Report of the Imperial Institute of Veterinary Research, Muktesar
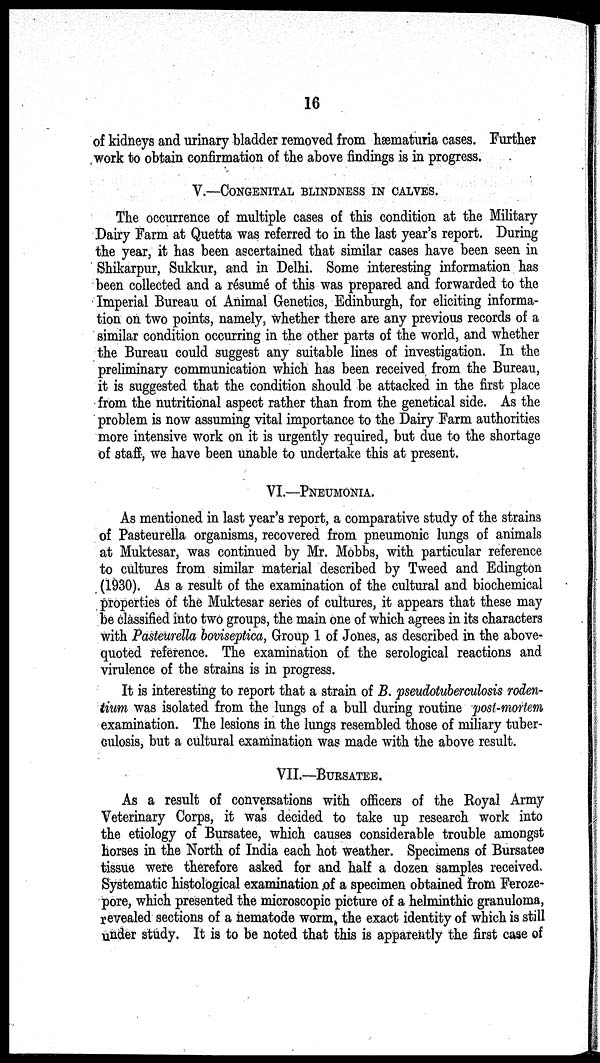
16
of kidneys and urinary bladder removed from hæmaturia cases. Further
work to obtain confirmation of the above findings is in progress.
V.—CONGENITAL BLINDNESS IN CALVES.
The occurrence of multiple cases of this condition at the Military
Dairy Farm at Quetta was referred to in the last year's report. During
the year, it has been ascertained that similar cases have been seen in
Shikarpur, Sukkur, and in Delhi. Some interesting information has
been collected and a résumé of this was prepared and forwarded to the
Imperial Bureau of Animal Genetics, Edinburgh, for eliciting informa-
tion on two points, namely, whether there are any previous records of a
similar condition occurring in the other parts of the world, and whether
the Bureau could suggest any suitable lines of investigation. In the
preliminary communication which has been received from the Bureau,
it is suggested that the condition should be attacked in the first place
from the nutritional aspect rather than from the genetical side. As the
problem is now assuming vital importance to the Dairy Farm authorities
more intensive work on it is urgently required, but due to the shortage
of staff, we have been unable to undertake this at present.
VI.—PNEUMONIA.
As mentioned in last year's report, a comparative study of the strains
of Pasteurella organisms, recovered from pneumonic lungs of animals
at Muktesar, was continued by Mr. Mobbs, with particular reference
to cultures from similar material described by Tweed and Edington
(1930). As a result of the examination of the cultural and biochemical
properties of the Muktesar series of cultures, it appears that these may
be classified into two groups, the main one of which agrees in its characters
with Pasteurella boviseptica, Group 1 of Jones, as described in the above-
quoted reference. The examination of the serological reactions and
virulence of the strains is in progress.
It is interesting to report that a strain of B. pseudotuberculosis roden-
tium was isolated from the lungs of a bull during routine post-mortem
examination. The lesions in the lungs resembled those of miliary tuber-
culosis, but a cultural examination was made with the above result.
VII.—BURSATEE.
As a result of conversations with officers of the Royal Army
Veterinary Corps, it was decided to take up research work into
the etiology of Bursatee, which causes considerable trouble amongst
horses in the North of India each hot weather. Specimens of Bursatee
tissue were therefore asked for and half a dozen samples received
Systematic histological examination of a specimen obtained from Feroze-
pore, which presented the microscopic picture of a helminthic granuloma,
revealed sections of a nematode worm, the exact identity of which is still
under study. It is to be noted that this is apparently the first case of